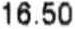
16.50